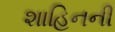
શાહિનની